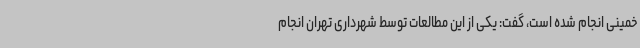
خمینی انجام شده است، گفت: یکی از این مطالعات توسط شهرداری تهران انجام